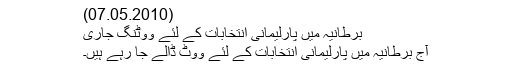
(07.05.2010)
برطانیہ میں پارلیمانی انتخابات کے لئے ووٹنگ جاری
آج برطانیہ میں پارلیمانی انتخابات کے لئے ووٹ ڈالے جا رہے ہیں۔